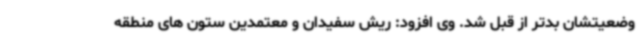
وضعیتشان بدتر از قبل شد. وی افزود: ریش سفیدان و معتمدین ستون های منطقه